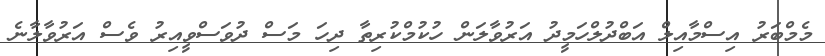
މެމްބަރު އިސްމާއިލް އަބްދުލްހަމީދު އަރުވާލަން ހުކުމްކުރިތާ ދިހަ މަސް ދުވަސްވީއިރު ވެސް އަރުވާލާނެ